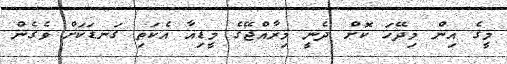
މީގެ އިން މިދޭހަ ކޮށް ދެނީ މިރާއްޖޭގެ މީޑިއާ އެކަތި ގަނޑަކަށް ވެގެން